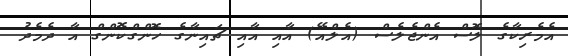
އެމެރިކާގެ ލޮސް އެންޖެލެސް (އެލްއޭ) އާއި އާއި ޗައިނާގެ ހޮންގްކޮންގް އާ ދެމެދު